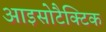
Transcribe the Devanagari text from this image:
आइसोटैक्टिक